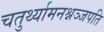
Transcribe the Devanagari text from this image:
चतुर्थ्यामनश्नञ्जपति